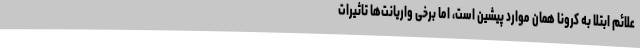
علائم ابتلا به کرونا همان موارد پیشین است، اما برخی واریانت‌ها تاثیرات